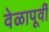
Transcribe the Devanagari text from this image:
वेळापूर्वी